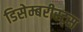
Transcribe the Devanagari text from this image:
डिसेम्बरीस्ट्स